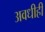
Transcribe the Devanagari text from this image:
अवधीही